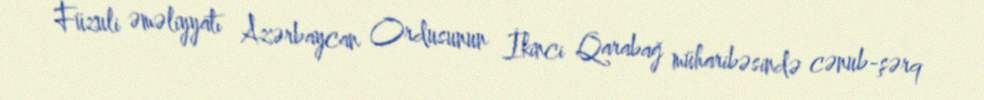
Füzuli əməliyyatı Azərbaycan Ordusunun İkinci Qarabağ müharibəsində cənub-şərq